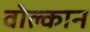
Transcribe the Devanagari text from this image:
वोल्कान